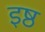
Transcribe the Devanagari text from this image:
इष्ठ